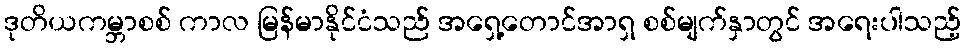
ဒုတိယကမ္ဘာစစ် ကာလ မြန်မာနိုင်ငံသည် အရှေ့တောင်အာရှ စစ်မျက်နှာတွင် အရေးပါသည့်